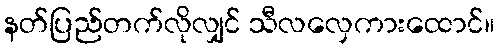
နတ်ပြည်တက်လိုလျှင် သီလလှေကားထောင်။